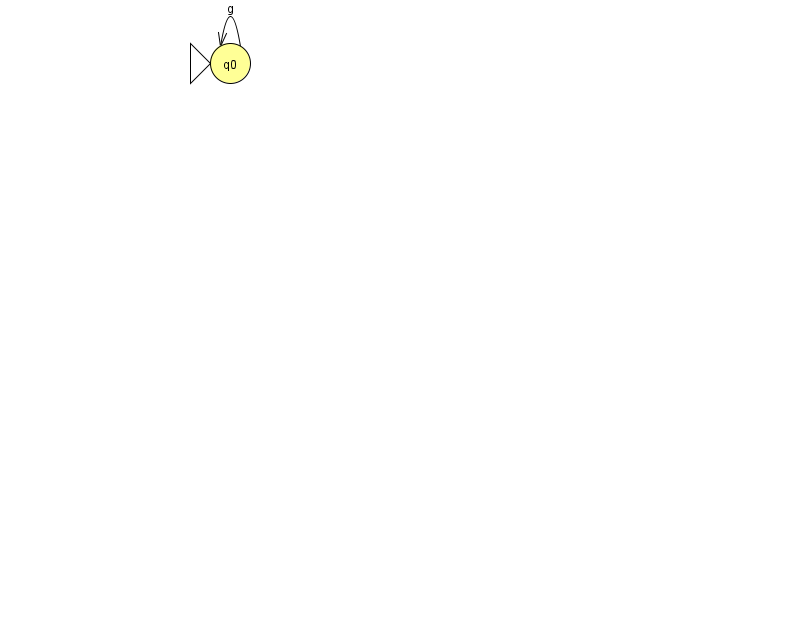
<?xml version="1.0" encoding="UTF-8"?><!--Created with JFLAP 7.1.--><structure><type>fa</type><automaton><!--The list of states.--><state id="0" name="q0"><x>230.0</x><y>50.0</y><initial/></state><!--The list of transitions.--><transition><from>0</from><to>0</to><read>g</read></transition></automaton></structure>